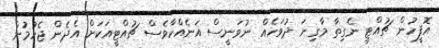
އޮފީހުން ޗުއްޓީ ނެގިތާ މާގިނަ ދުވަހެއް ނުވަނީސް އަނެއްކާވެސް ޗުއްޓީއަކަށް އެދެން ޖެހުމުން